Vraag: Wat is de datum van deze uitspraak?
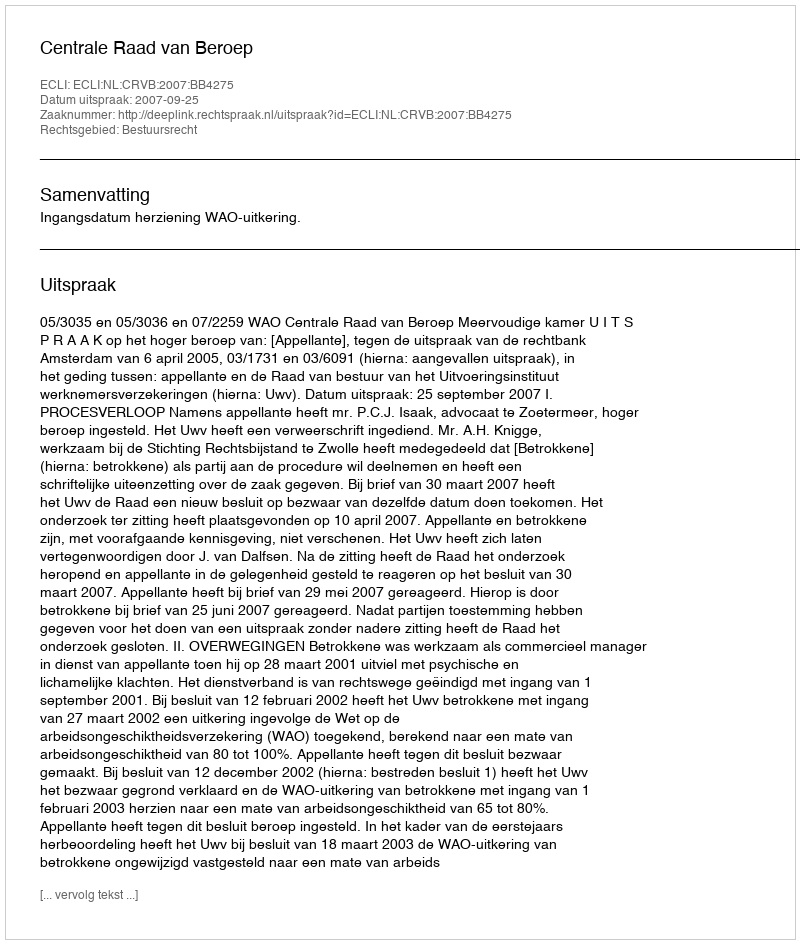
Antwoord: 2007-09-25